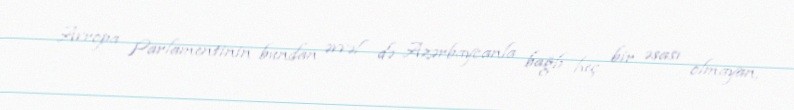
Avropa Parlamentinin bundan əvvəl də Azərbaycanla bağlı heç bir əsası olmayan,